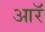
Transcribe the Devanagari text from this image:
आरॅ